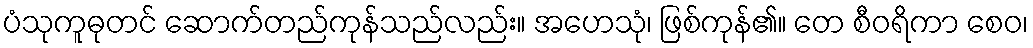
ပံသုကူဓုတင် ဆောက်တည်ကုန်သည်လည်း။ အဟေသုံ၊ ဖြစ်ကုန်၏။ တေ စီဝရိကာ စေဝ၊